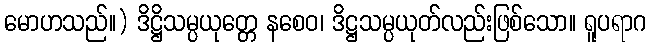
မောဟသည်။) ဒိဋ္ဌိသမ္ပယုတ္တေ နစေဝ၊ ဒိဋ္ဌသမ္ပယုတ်လည်းဖြစ်သော။ ရူပရာဂ